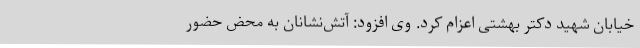
خیابان شهید دکتر بهشتی اعزام کرد. وی افزود: آتش‌نشانان به محض حضور